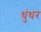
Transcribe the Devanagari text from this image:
धुंधर